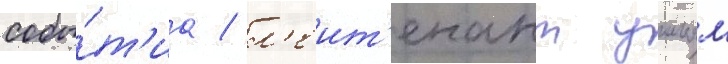
собы́т'иа / л'еит'енант уильям